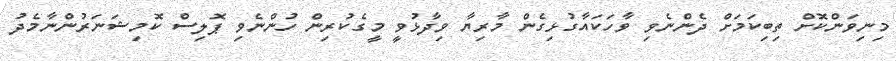
މިނިވަންކޮށް ތިބިކަމަށް ދެންނެވި ވާހަކައާގުޅިގެން މާރިޔާ ވިދާޅުވީ މީގެކުރިން ހުންނެވި ޕޮލިސް ކޮމިޝަނަރުންނާމެދު